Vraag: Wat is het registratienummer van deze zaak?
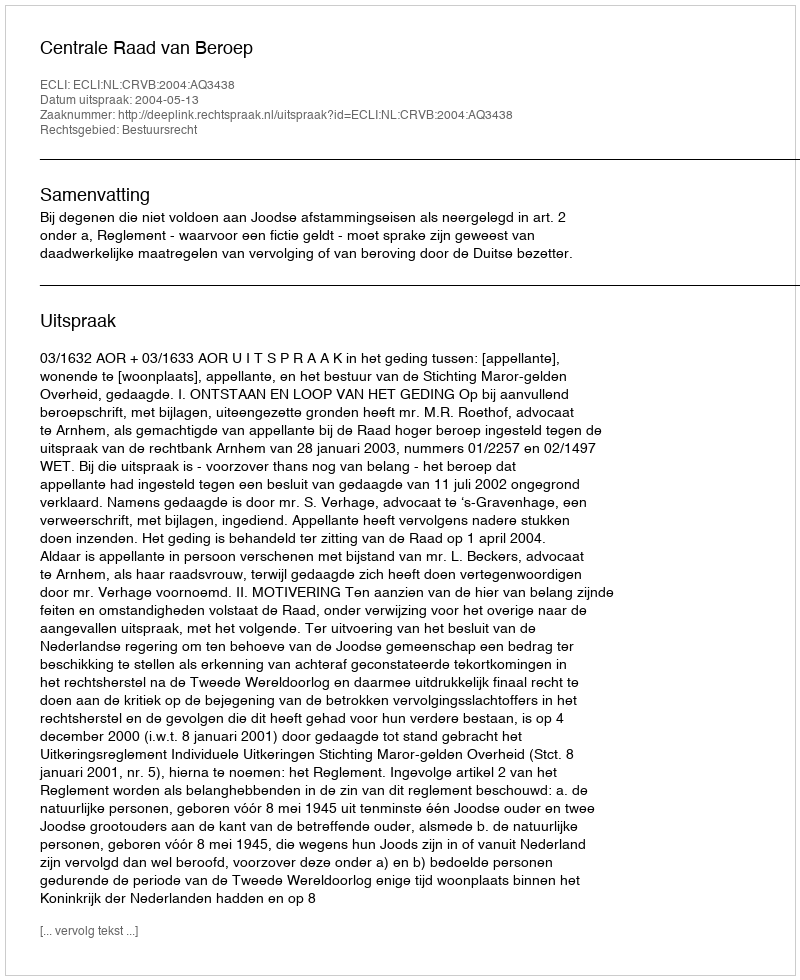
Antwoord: http://deeplink.rechtspraak.nl/uitspraak?id=ECLI:NL:CRVB:2004:AQ3438